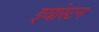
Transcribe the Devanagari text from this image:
इवांस्टन